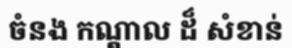
ចំនង កណ្តាល ដ៏ សំខាន់